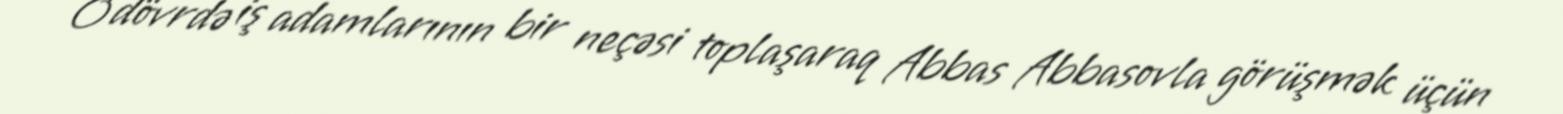
O dövrdə iş adamlarının bir neçəsi toplaşaraq Abbas Abbasovla görüşmək üçün